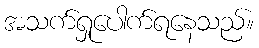
အသက်ရှုပေါက်ရနေသည်။